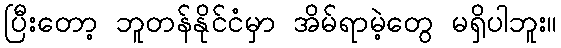
ပြီးတော့ ဘူတန်နိုင်ငံမှာ အိမ်ရာမဲ့တွေ မရှိပါဘူး။